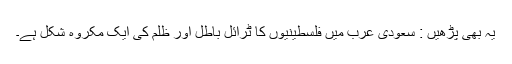
یہ بھی پڑھیں : سعودی عرب میں فلسطینیوں کا ٹرائل باطل اور ظلم کی ایک مکروہ شکل ہے۔